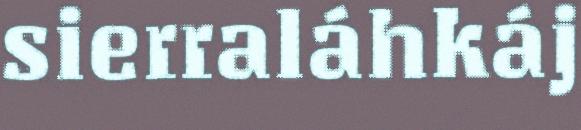
sierraláhkáj